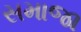
સમાજા